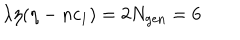
\lambda \eta ( \eta - n c _ { 1 } ) = 2 N _ { \mathrm { g e n } } = 6